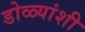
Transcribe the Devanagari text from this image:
डोळ्यांशी